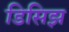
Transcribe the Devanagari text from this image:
डिसिझ